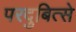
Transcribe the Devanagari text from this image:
परदुबित्से